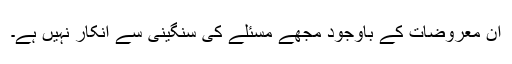
ان معروضات کے باوجود مجھے مسئلے کی سنگینی سے انکار نہیں ہے۔